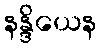
နန္ဒိယေန